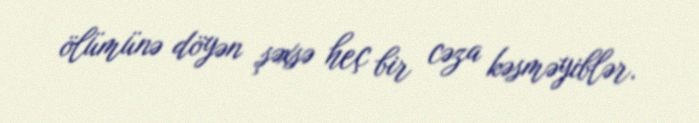
ölümünə döyən şəxsə heç bir cəza kəsməyiblər.